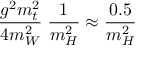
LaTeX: \frac { g ^ { 2 } m _ { t } ^ { 2 } } { 4 m _ { W } ^ { 2 } } \; \frac { 1 } { m _ { H } ^ { 2 } } \approx \frac { 0 . 5 } { m _ { H } ^ { 2 } }